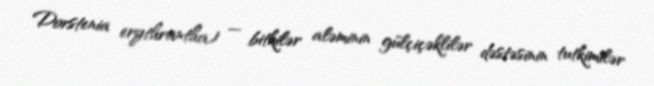
Dorstenia erythrantha) — bitkilər aləminin gülçiçəklilər dəstəsinin tutkimilər